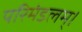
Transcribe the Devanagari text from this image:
परिमंडलम्।